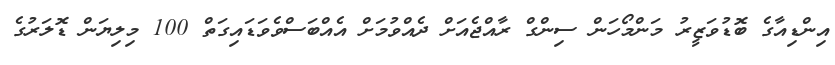
އިންޑިއާގެ ބޮޑުވަޒީރު މަންމޯހަން ސިންގް ރާއްޖެއަށް ދެއްވުމަށް އެއްބަސްވެވަޑައިގަތް 100 މިލިޔަން ޑޮލަރުގެ